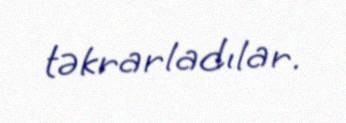
təkrarladılar.